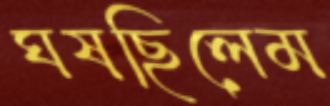
ঘষছিলেম